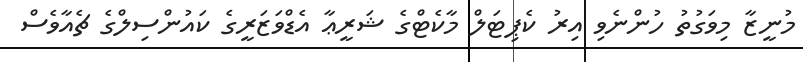
މުނީޒާ މިވަގުތު ހުންނެވި އިރު ކެޕިޓަލް މާކެޓްގެ ޝަރީޢާ އެޑްވަޒަރީގެ ކައުންސިލްގެ ޗެއާވެސް